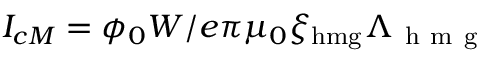
I _ { c M } = \phi _ { 0 } W / e \pi \mu _ { 0 } \xi _ { \mathrm { h m g } } \Lambda _ { \mathrm { ~ h ~ m ~ g ~ } }